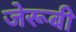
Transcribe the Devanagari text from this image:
जेरूबी